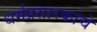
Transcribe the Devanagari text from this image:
धर्मप्रसारकांचे